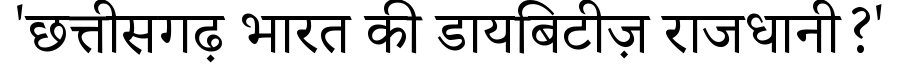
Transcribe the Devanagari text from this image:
'छत्तीसगढ़ भारत की डायबिटीज़ राजधानी?'